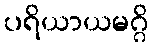
ပရိယာယမဂ္ဂိ